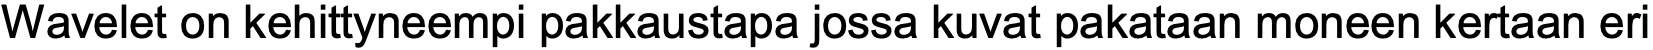
Wavelet on kehittyneempi pakkaustapa jossa kuvat pakataan moneen kertaan eri